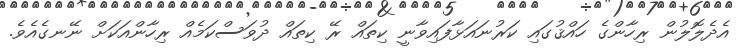
އެދެލޮލުން ރިހާންގެ ހައްޤުގައި ކަރުނައަޅާފައިވާނީ ކިތައް ރޭ ކިތައް ދުވަސްކަމެއް ރިހާންއަކަށް ނޭނގެއެވެ.